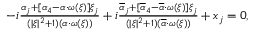
\begin{array} { r } { - i \frac { \alpha _ { j } + [ \alpha _ { 4 } - \alpha \cdot \omega ( \xi ) ] \xi _ { j } } { ( | \xi | ^ { 2 } + 1 ) ( \alpha \cdot \omega ( \xi ) ) } + i \frac { \overline { { \alpha } } _ { j } + [ \overline { { \alpha } } _ { 4 } - \overline { { \alpha } } \cdot \omega ( \xi ) ] \xi _ { j } } { ( | \xi | ^ { 2 } + 1 ) ( \overline { { \alpha } } \cdot \omega ( \xi ) ) } + x _ { j } = 0 , } \end{array}